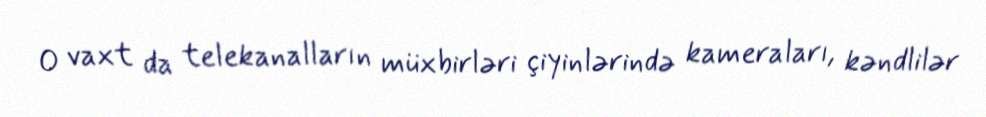
O vaxt da telekanalların müxbirləri çiyinlərində kameraları, kəndlilər